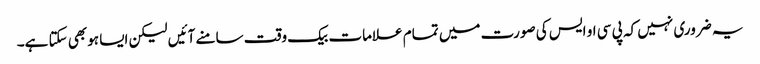
یہ ضروری نہیں کہ پی سی او ایس کی صورت میں تمام علامات بیک وقت سامنے آئیں لیکن ایسا ہوبھی سکتا ہے۔